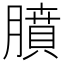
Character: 膹